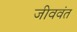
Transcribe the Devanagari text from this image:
जीववंत